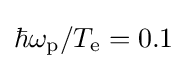
\hbar \omega _{\text{p}}/T_{\text{e}}=0.1